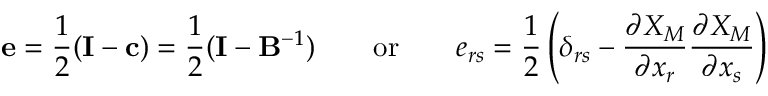
\mathbf { e } = { \frac { 1 } { 2 } } ( \mathbf { I } - \mathbf { c } ) = { \frac { 1 } { 2 } } ( \mathbf { I } - \mathbf { B } ^ { - 1 } ) \qquad { \mathrm { o r } } \qquad e _ { r s } = { \frac { 1 } { 2 } } \left( \delta _ { r s } - { \frac { \partial X _ { M } } { \partial x _ { r } } } { \frac { \partial X _ { M } } { \partial x _ { s } } } \right)